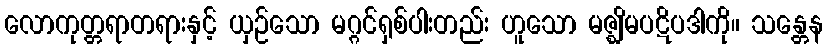
လောကုတ္တရာတရားနှင့် ယှဉ်သော မဂ္ဂင်ရှစ်ပါးတည်း ဟူသော မဇ္ဈိမပဋိပဒါကို။ သန္တေန